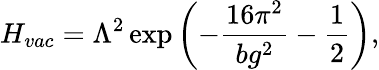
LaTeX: H_{vac}=\Lambda^{2}\exp\left(-\frac{16\pi^{2}}{bg^{2}}-\frac 12\right),